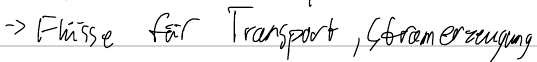
-> Flüsse für Transport, Stromerzeugung